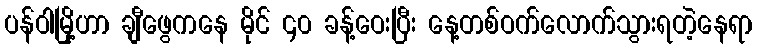
ပန်ဝါမြို့ဟာ ချီဖွေကနေ မိုင် ၄၀ ခန့်ဝေးပြီး နေ့တစ်ဝက်လောက်သွားရတဲ့နေရာ